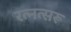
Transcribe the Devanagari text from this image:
रत्नत्सरू